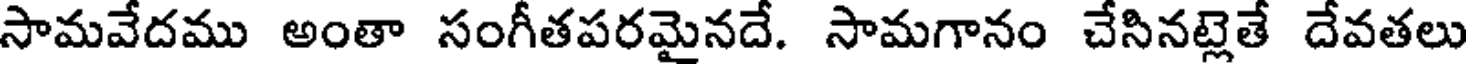
సామవేదము అంతా సంగీతపరమైనదే. సామగానం చేసినట్లెతే దేవతలు